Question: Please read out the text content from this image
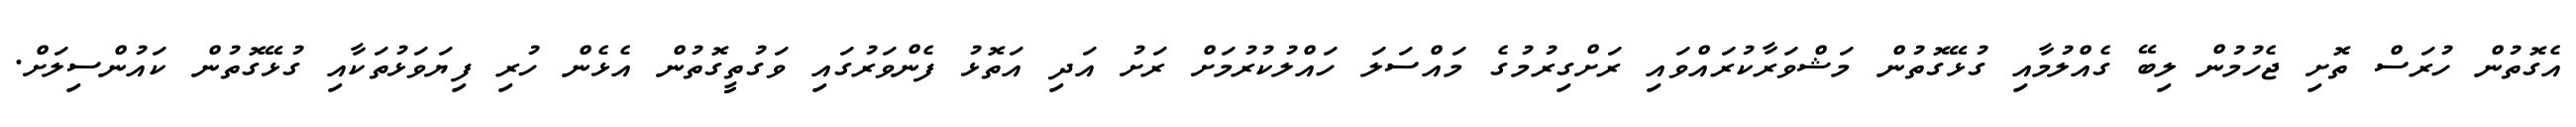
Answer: އެގޮތުން ހުރަސް ތޮށި ޖެހުމުން ލިބޭ ގެއްލުމާއި ގުޅޭގޮތުން މަޝްވަރާކުރައްވައި ރަށްގިރުމުގެ މައްސަލަ ހައްލުކުރުމަށް ރަށު އަދި އަތޮޅު ފެންވަރުގައި ވަގުތީގޮތުން އެޅެން ހުރި ފިޔަވަޅުތަކާއި ގުޅޭގޮތުން ކައުންސިލަށް.